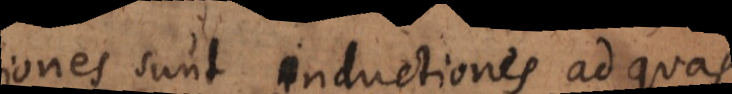
O sunt inductiones ad quas